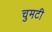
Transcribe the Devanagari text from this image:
चुमटी